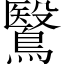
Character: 鷖